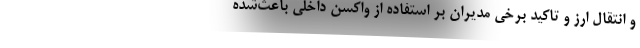
و انتقال ارز و تاکید برخی مدیران بر استفاده از واکسن داخلی باعث‌شده